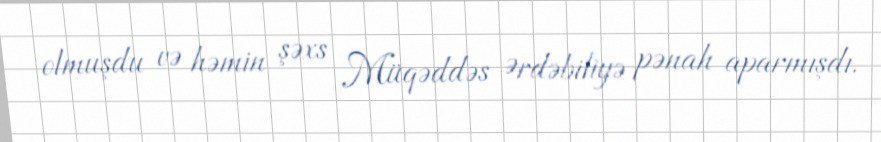
olmuşdu və həmin şəxs Müqəddəs Ərdəbiliyə pənah aparmışdı.